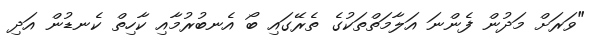
"ވަރަށް މަދުން ފެންނަ އަލާމަތްތަކުގެ ތެރޭގައި ބޯ އެނބުރުމާއި ކާހިތް ކެނޑުން އަދި